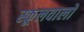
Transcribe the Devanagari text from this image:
स्कूलवालों